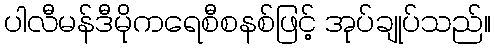
ပါလီမန်ဒီမိုကရေစီစနစ်ဖြင့် အုပ်ချုပ်သည်။